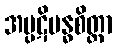
အပ္ပဋိဗန္ဓစိတ္တာ